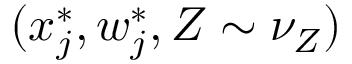
( \boldsymbol { x } _ { j } ^ { * } , \boldsymbol { w } _ { j } ^ { * } , Z \sim \nu _ { Z } )